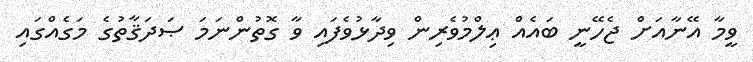
ވީމާ އޭނާއަށް ޖެހޭނީ ބައެއް ޢިލްމުވެރިން ވިދާޅުވެފައި ވާ ގޮތުންނަމަ ޞަދަޤާތުގެ މަގެއްގައި